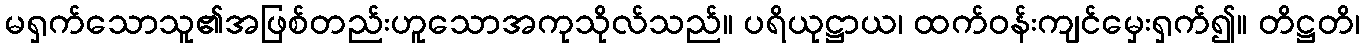
မရှက်သောသူ၏အဖြစ်တည်းဟူသောအကုသိုလ်သည်။ ပရိယုဋ္ဌာယ၊ ထက်ဝန်းကျင်မှေးရှက်၍။ တိဋ္ဌတိ၊